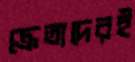
ক্রেতাদেরই